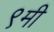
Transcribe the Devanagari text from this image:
९मी